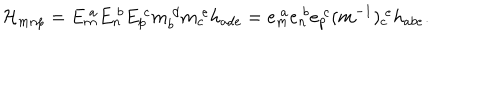
LaTeX: { \cal H } _ { m n p } = E _ { m } ^ { \ a } E _ { n } ^ { \ b } E _ { p } ^ { \ c } m _ { b } ^ { \ d } m _ { c } ^ { \ e } h _ { a d e } = e _ { m } ^ { \ a } e _ { n } ^ { \ b } e _ { p } ^ { \ c } ( m ^ { - 1 } ) _ { c } ^ { \ e } h _ { a b e } .